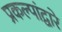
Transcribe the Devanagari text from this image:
प्रकल्पांद्वारे